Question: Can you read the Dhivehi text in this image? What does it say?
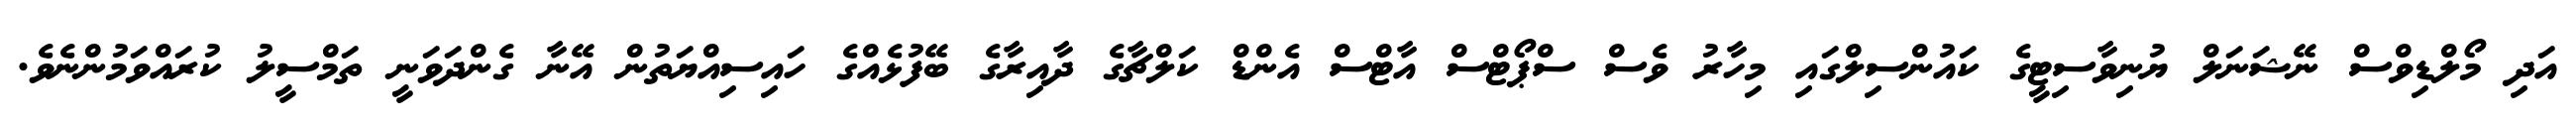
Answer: އަދި މޯލްޑިވްސް ނޭޝަނަލް ޔުނިވާސިޓީގެ ކައުންސިލްގައި މިހާރު ވެސް ސްޕޯޓްސް އާޓްސް އެންޑް ކަލްޗާގެ ދާއިރާގެ ބޭފުޅެއްގެ ހައިސިއްޔަތުން އޭނާ ގެންދަވަނީ ތަމްސީލު ކުރައްވަމުންނެވެ.